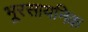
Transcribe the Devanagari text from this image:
भूरसायनिक